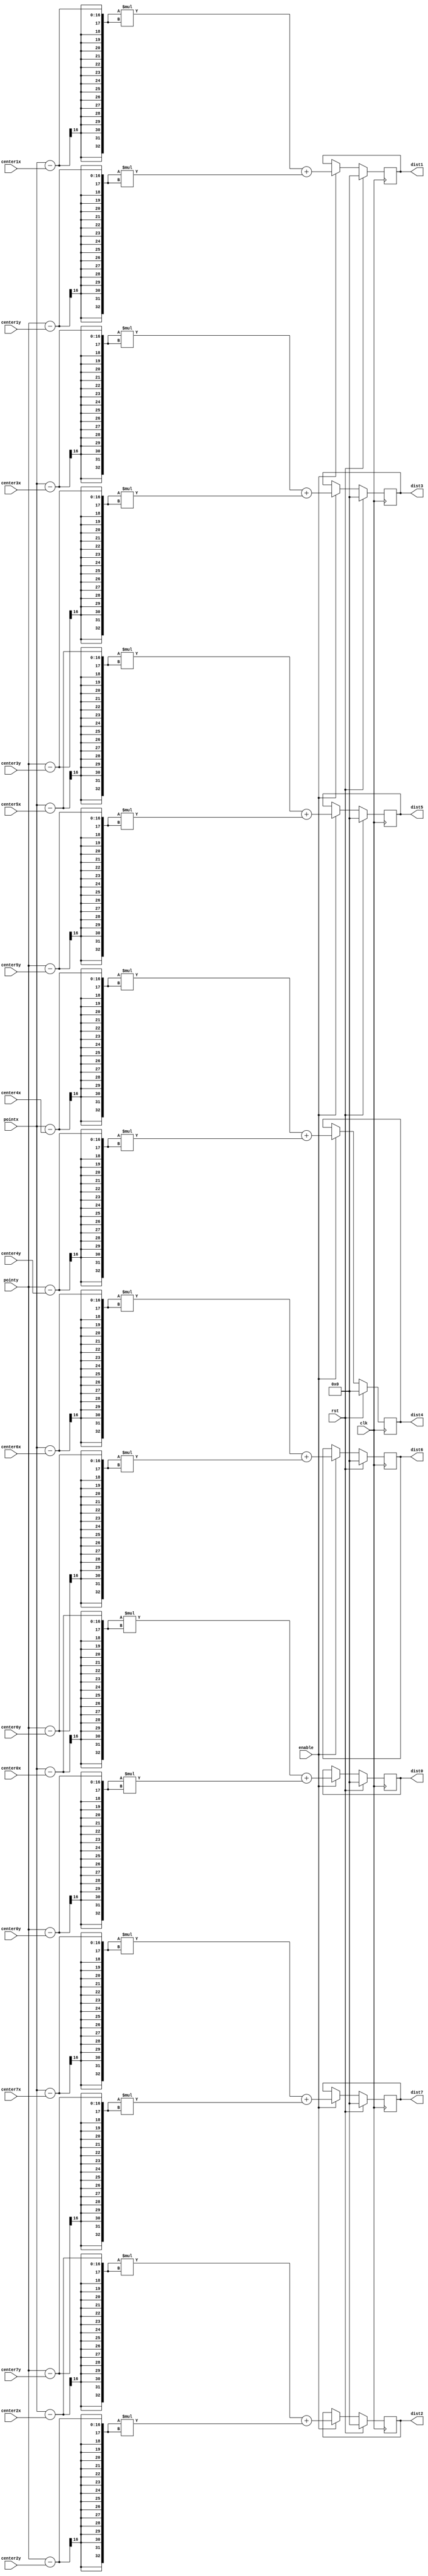
`timescale 1ns / 1ps
//////////////////////////////////////////////////////////////////////////////////
// Company: 
// Engineer: 
// 
// Design Name: 
// Module Name: cal_dist
// Project Name: 
// Target Devices: 
// Tool Versions: 
// Description: 
// 
// Dependencies: 
// 
// Revision:
// Revision 0.01 - File Created
// Additional Comments:
// 
//////////////////////////////////////////////////////////////////////////////////
`define DEPTH 1024
`define LOG_DEPTH 10
`define WIDTH 16
`define DOUBLE_WIDTH 32
`define NUM_LABEL 8
`define LOG_NUM_LABEL 3

module cal_dist(
    input clk,
    input rst,
    input enable,
    input [`WIDTH-1:0] pointx,
    input [`WIDTH-1:0] pointy,
    input [`WIDTH-1:0] center0x,
    input [`WIDTH-1:0] center1x,
    input [`WIDTH-1:0] center2x,
    input [`WIDTH-1:0] center3x,
    input [`WIDTH-1:0] center4x,
    input [`WIDTH-1:0] center5x,
    input [`WIDTH-1:0] center6x,
    input [`WIDTH-1:0] center7x,
    input [`WIDTH-1:0] center0y,
    input [`WIDTH-1:0] center1y,
    input [`WIDTH-1:0] center2y,
    input [`WIDTH-1:0] center3y,
    input [`WIDTH-1:0] center4y,
    input [`WIDTH-1:0] center5y,
    input [`WIDTH-1:0] center6y,
    input [`WIDTH-1:0] center7y, 
    output reg [`DOUBLE_WIDTH:0] dist0,
    output reg [`DOUBLE_WIDTH:0] dist1,
    output reg [`DOUBLE_WIDTH:0] dist2,
    output reg [`DOUBLE_WIDTH:0] dist3,
    output reg [`DOUBLE_WIDTH:0] dist4,
    output reg [`DOUBLE_WIDTH:0] dist5,
    output reg [`DOUBLE_WIDTH:0] dist6,
    output reg [`DOUBLE_WIDTH:0] dist7
    );
    
    
	
	always@(posedge clk) begin
		if(rst) begin
			dist0 <= `DOUBLE_WIDTH'b0;
			dist1 <= `DOUBLE_WIDTH'b0;
			dist2 <= `DOUBLE_WIDTH'b0;
			dist3 <= `DOUBLE_WIDTH'b0;
			dist4 <= `DOUBLE_WIDTH'b0;
			dist5 <= `DOUBLE_WIDTH'b0;
			dist6 <= `DOUBLE_WIDTH'b0;
			dist7 <= `DOUBLE_WIDTH'b0;
		end
		else if (enable) begin
                        // Todo: you need to use provided signals to produce dist 0-7. Fill here.
                        // hint: without losing correctness, we use Euclidian distance square instead of Euclidian distance for simplicity.
			dist0 <= ( pointx - center0x )*( pointx - center0x ) + ( pointy - center0y )*( pointy - center0y )/*fill here according KMeans*/;
			dist1 <= ( pointx - center1x )*( pointx - center1x ) + ( pointy - center1y )*( pointy - center1y )/*fill here according KMeans*/;
			dist2 <= ( pointx - center2x )*( pointx - center2x ) + ( pointy - center2y )*( pointy - center2y )/*fill here according KMeans*/;
			dist3 <= ( pointx - center3x )*( pointx - center3x ) + ( pointy - center3y )*( pointy - center3y )/*fill here according KMeans*/;
			dist4 <= ( pointx - center4x )*( pointx - center4x ) + ( pointy - center4y )*( pointy - center4y )/*fill here according KMeans*/;
			dist5 <= ( pointx - center5x )*( pointx - center5x ) + ( pointy - center5y )*( pointy - center5y )/*fill here according KMeans*/;
			dist6 <= ( pointx - center6x )*( pointx - center6x ) + ( pointy - center6y )*( pointy - center6y )/*fill here according KMeans*/;
			dist7 <= ( pointx - center7x )*( pointx - center7x ) + ( pointy - center7y )*( pointy - center7y )/*fill here according KMeans*/;
		end
	end
	
endmodule